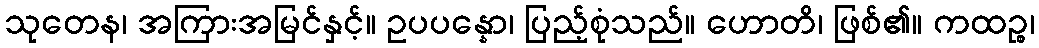
သုတေန၊ အကြားအမြင်နှင့်။ ဥပပန္နော၊ ပြည့်စုံသည်။ ဟောတိ၊ ဖြစ်၏။ ကထဉ္စ၊